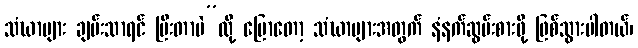
သံဃာများ ချမ်းသာရင် ပြီးတာပဲ”လို့ ပြောတော့ သံဃာများအတွက် နံနက်ဆွမ်းစားဖို့ ဖြစ်သွားပါတယ်၊